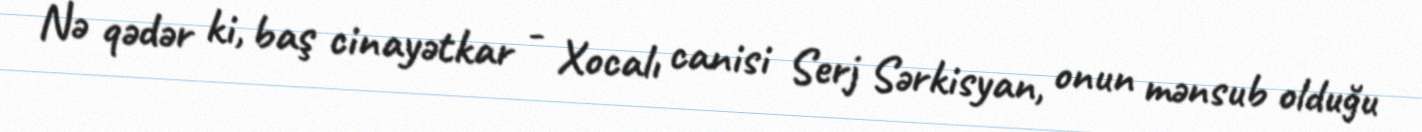
Nə qədər ki, baş cinayətkar - Xocalı canisi Serj Sərkisyan, onun mənsub olduğu